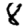
Digit: 8